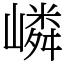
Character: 嶙